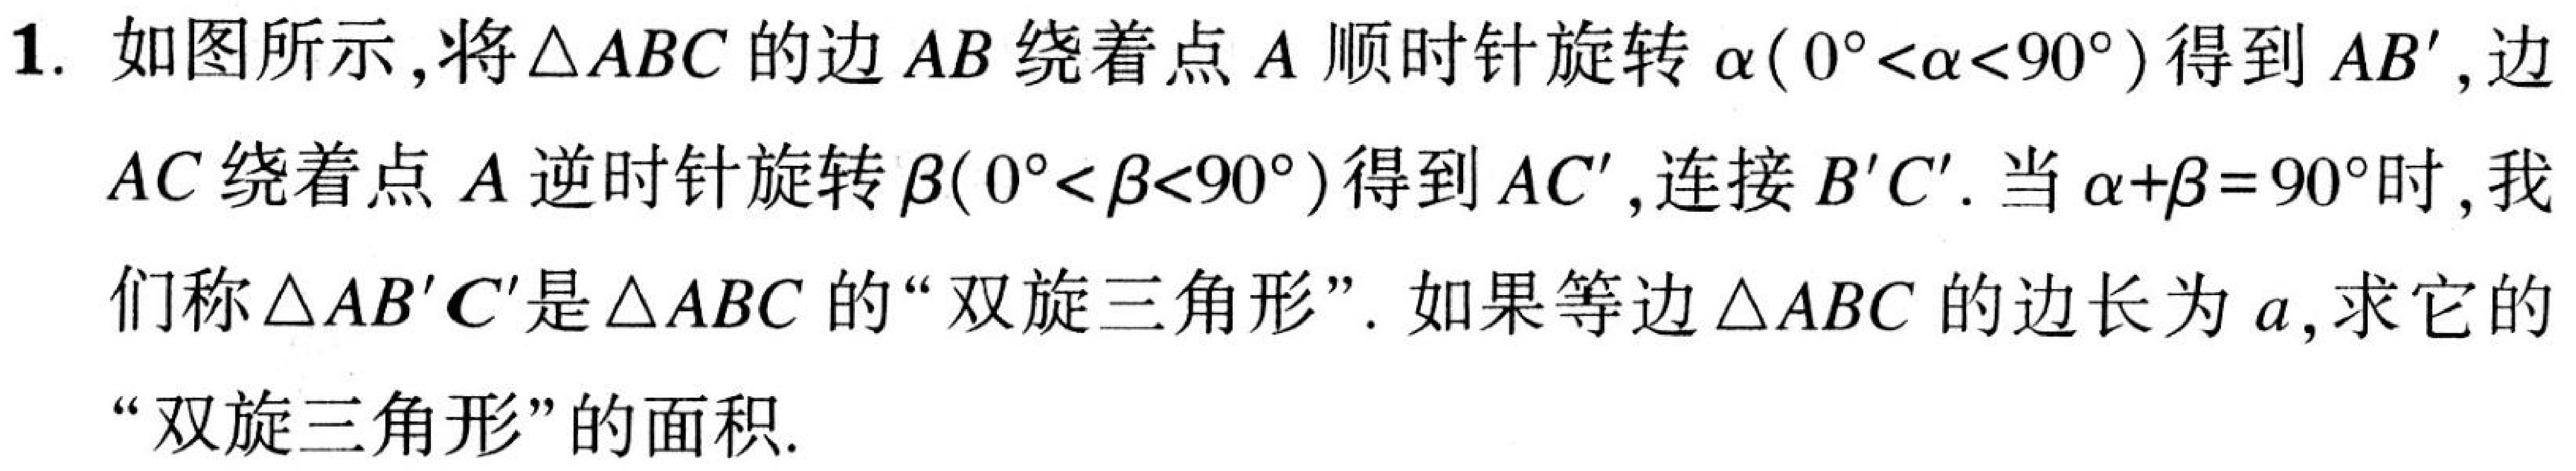
1. 如图所示，将\(\triangle ABC\)的边\(AB\)绕着点\(A\)顺时针旋转\(\alpha(0^{\circ}<\alpha<90^{\circ})\)得到\(AB'\)，边\(AC\)绕着点\(A\)逆时针旋转\(\beta(0^{\circ}<\beta<90^{\circ})\)得到\(AC'\)，连接\(B'C'\)。当\(\alpha + \beta=90^{\circ}\)时，我们称\(\triangle AB'C'\)是\(\triangle ABC\)的“双旋三角形”。如果等边\(\triangle ABC\)的边长为\(a\)，求它的“双旋三角形”的面积。